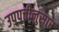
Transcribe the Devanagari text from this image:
उपपत्तीनुसार